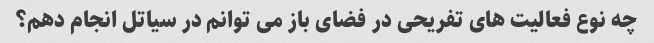
چه نوع فعالیت های تفریحی در فضای باز می توانم در سیاتل انجام دهم؟